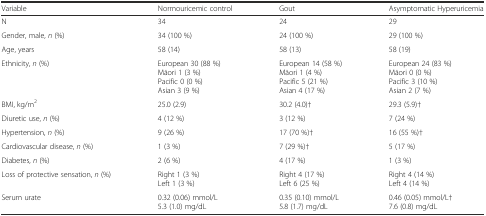
<table><thead><tr><td><b>Variable</b></td><td><b>Normouricemic control</b></td><td><b>Gout</b></td><td><b>Asymptomatic Hyperuricemia</b></td></tr></thead><tbody><tr><td>N</td><td>34</td><td>24</td><td>29</td></tr><tr><td>Gender, male, <i>n</i> (%)</td><td>34 (100 %)</td><td>24 (100 %)</td><td>29 (100 %)</td></tr><tr><td>Age, years</td><td>58 (14)</td><td>58 (13)</td><td>58 (19)</td></tr><tr><td>Ethnicity, <i>n</i> (%)</td><td>European 30 (88 %)Māori 1 (3 %)Pacific 0 (0 %)Asian 3 (9 %)</td><td>European 14 (58 %)Māori 1 (4 %)Pacific 5 (21 %)Asian 4 (17 %)</td><td>European 24 (83 %)Māori 0 (0 %)Pacific 3 (10 %)Asian 2 (7 %)</td></tr><tr><td>BMI, kg/m<sup>2</sup></td><td>25.0 (2.9)</td><td>30.2 (4.0)†</td><td>29.3 (5.9)†</td></tr><tr><td>Diuretic use, <i>n</i> (%)</td><td>4 (12 %)</td><td>3 (12 %)</td><td>7 (24 %)</td></tr><tr><td>Hypertension, <i>n</i> (%)</td><td>9 (26 %)</td><td>17 (70 %)†</td><td>16 (55 %)†</td></tr><tr><td>Cardiovascular disease, <i>n</i> (%)</td><td>1 (3 %)</td><td>7 (29 %)†</td><td>5 (17 %)</td></tr><tr><td>Diabetes, <i>n</i> (%)</td><td>2 (6 %)</td><td>4 (17 %)</td><td>1 (3 %)</td></tr><tr><td>Loss of protective sensation, <i>n</i> (%)</td><td>Right 1 (3 %)Left 1 (3 %)</td><td>Right 4 (17 %)Left 6 (25 %)</td><td>Right 4 (14 %)Left 4 (14 %)</td></tr><tr><td>Serum urate</td><td>0.32 (0.06) mmol/L5.3 (1.0) mg/dL</td><td>0.35 (0.10) mmol/L5.8 (1.7) mg/dL</td><td>0.46 (0.05) mmol/L†7.6 (0.8) mg/dL</td></tr></tbody></table>